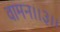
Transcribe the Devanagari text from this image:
वामन।।३।।